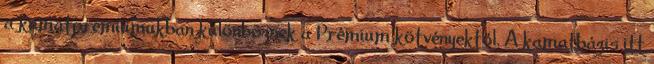
a kamatprémiumukban különböznek a Prémium kötvényektől. A kamatbázis itt